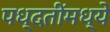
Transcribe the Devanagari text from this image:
पध्दतींमध्ये